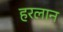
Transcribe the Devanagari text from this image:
हरलान